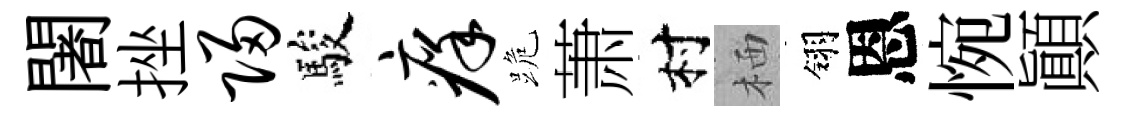
闍挫归駿痒跪萧村栖翎恩惋顚